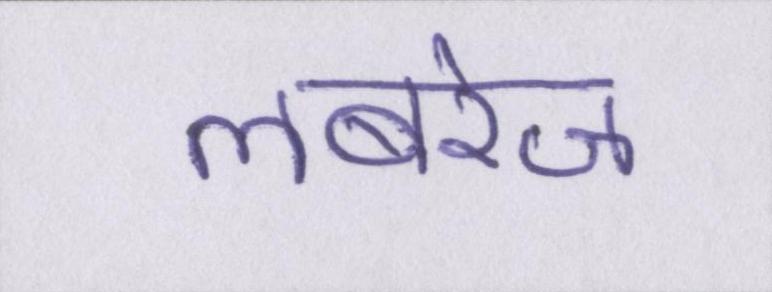
लबरेज